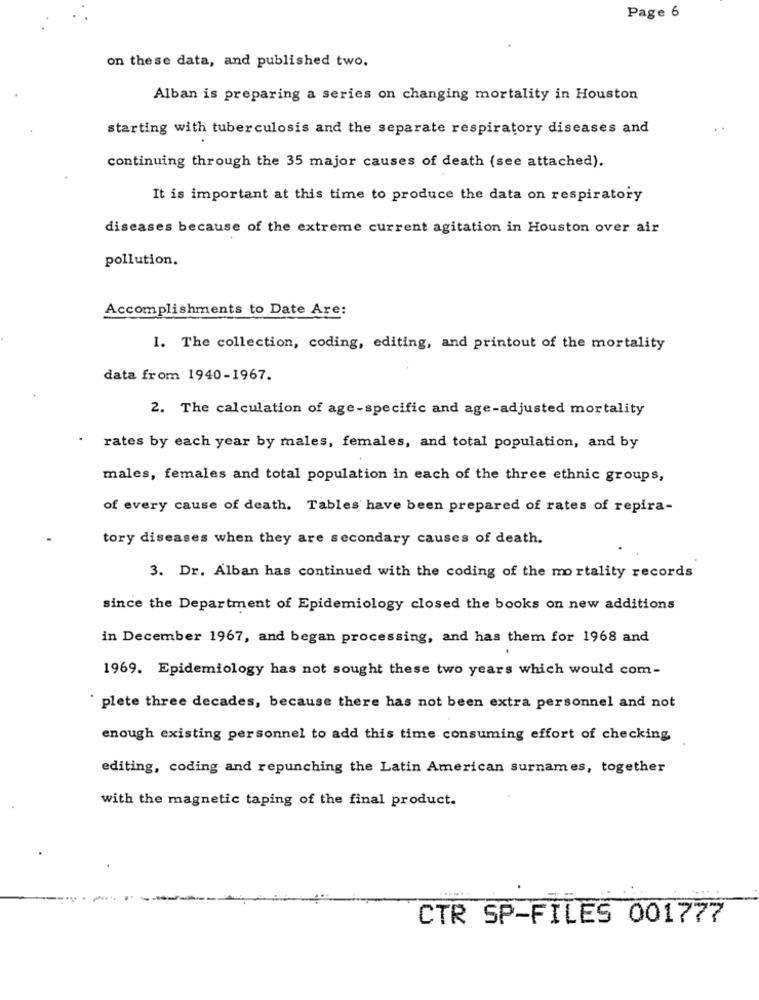
Page 6
on these data, and published two.
Alban is preparing a series on changing mortality in Houston
starting with tuberculosis and the separate respiratory diseases and
continuing through the 35 major causes of death (see attached).
It is important at this time to produce the data on respiratory
diseases because of the extreme current agitation in Houston over air
pollution.
Accomplishments to Date Are:
1. The collection, coding, editing, and printout of the mortality
data from 1940-1967.
2. The calculation of age-specific and age-adjusted mortality
rates by each year by males, females, and total population, and by
males, females and total population in each of the three ethnic groups,
of every cause of death. Tables have been prepared of rates of repira-
tory diseases when they are secondary causes of death.
3. Dr. Alban has continued with the coding of the mortality records
since the Department of Epidemiology closed the books on new additions
in December 1967, and began processing, and has them for 1968 and
1969. Epidemiology has not sought these two years which would com-
plete three decades, because there has not been extra personnel and not
enough existing personnel to add this time consuming effort of checking
editing, coding and repunching the Latin American surnames, together
with the magnetic taping of the final product.
CTR SP-FILES 001777